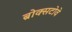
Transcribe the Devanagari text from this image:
ब्रोक्सटोवे